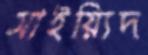
সাইয়্যিদ